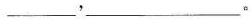
___,____。